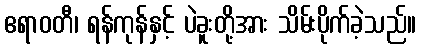
ဧရာဝတီ၊ ရန်ကုန်နှင့် ပဲခူးတို့အား သိမ်းပိုက်ခဲ့သည်။